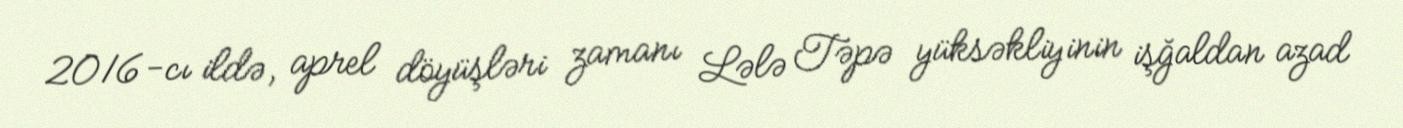
2016-cı ildə, aprel döyüşləri zamanı Lələ Təpə yüksəkliyinin işğaldan azad